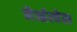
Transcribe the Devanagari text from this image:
नैरृत्येस